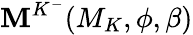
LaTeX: \mathbf{M}^{K^{-}}(M_{K},\phi,\beta)